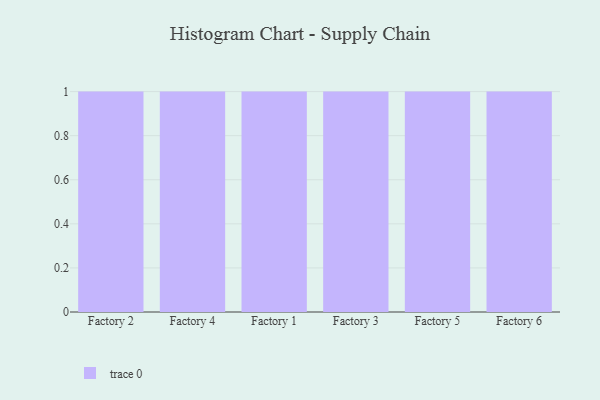
{"axis": {"x": "Factory", "y": "Population (Million)"}, "legend": [""], "data": [{"x": "Factory 2", "y": 10, "type": ""}, {"x": "Factory 4", "y": 19, "type": ""}, {"x": "Factory 1", "y": 33, "type": ""}, {"x": "Factory 3", "y": 31, "type": ""}, {"x": "Factory 5", "y": 4, "type": ""}, {"x": "Factory 6", "y": 61, "type": ""}]}